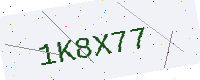
Text: 1K8X77